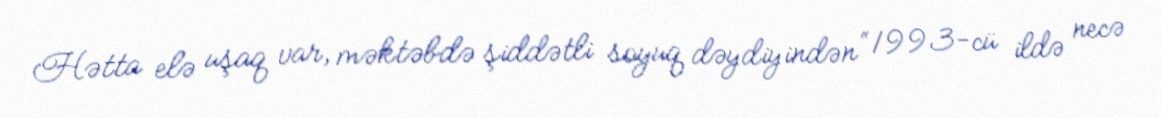
Hətta elə uşaq var, məktəbdə şiddətli soyuq dəydiyindən “1993-cü ildə necə